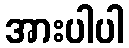
အားပါပါ